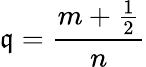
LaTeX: \mathfrak{q}=\frac{{m+\frac{{1}}{{2}}}}{{n}}